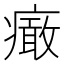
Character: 𤺍